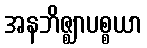
အနဘိဇ္ဈာပစ္စယာ